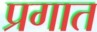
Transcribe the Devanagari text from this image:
प्रगात